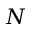
N